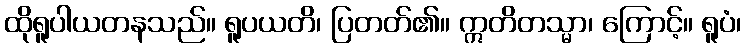
ထိုရူပါယတနသည်။ ရူပယတိ၊ ပြတတ်၏။ ဣတိတသ္မာ၊ ကြောင့်။ ရူပံ၊